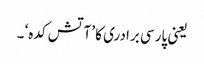
یعنی پارسی برادری کا ’آتش کدہ‘ ۔